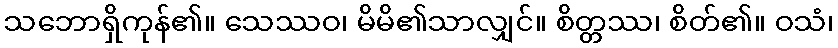
သဘောရှိကုန်၏။ သေဿဝ၊ မိမိ၏သာလျှင်။ စိတ္တဿ၊ စိတ်၏။ ဝသံ၊